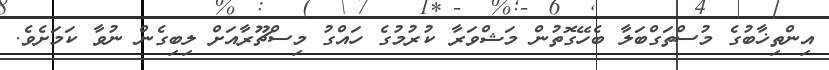
އިންތިޚާބުގެ މުސްތަގްބަލާ ބެހޭގޮތުން މަޝްވަރާ ކުރުމުގެ ހައްގު މިސްޗޫރާއަށް ލިބިގެން ނުވާ ކަމަށެވެ.